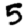
Digit: 5